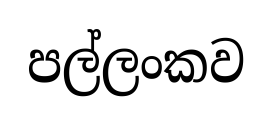
පල්ලංකව